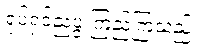
ရုပ်ရှင်ညပွဲ ကြည့်ကြသည်။